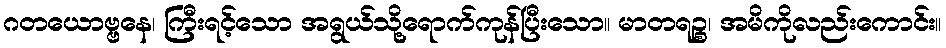
ဂတယောဗ္ဗနေ၊ ကြီးရင့်သော အရွယ်သို့ရောက်ကုန်ပြီးသော။ မာတရဉ္စ၊ အမိကိုလည်းကောင်း။